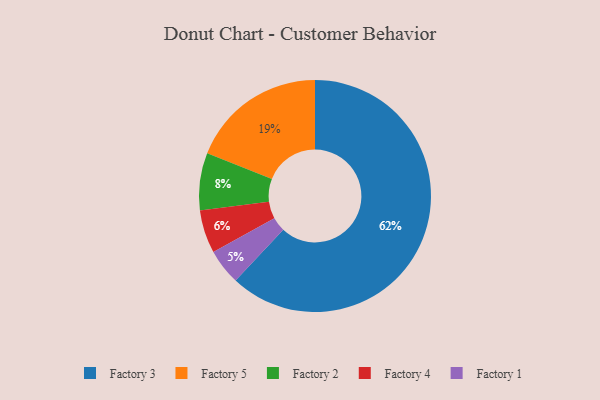
{"axis": {"x": "Category", "y": "Percentage"}, "legend": ["Factory 1", "Factory 2", "Factory 3", "Factory 4", "Factory 5"], "data": [{"x": "Factory 2", "y": 8, "type": "Factory 2"}, {"x": "Factory 3", "y": 62, "type": "Factory 3"}, {"x": "Factory 4", "y": 6, "type": "Factory 4"}, {"x": "Factory 5", "y": 19, "type": "Factory 5"}, {"x": "Factory 1", "y": 5, "type": "Factory 1"}]}